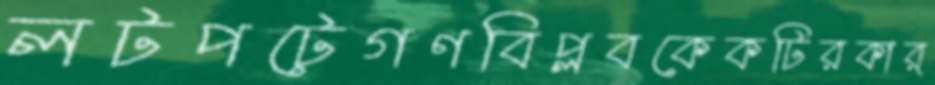
লটপটেগণবিপ্লবকেকটিরকার্